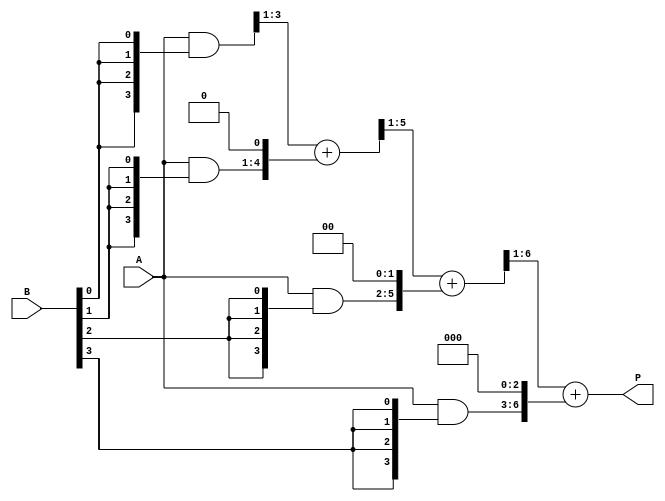
module array_multiplier #(parameter N = 4, M = 4) (
    input  [N-1:0] A, // Multiplicand
    input  [M-1:0] B, // Multiplier
    output [N+M-1:0] P // Product
);

    // Partial products
    wire [N-1:0] pp [0:M-1]; // Array to hold partial products

    // Generate partial products
    genvar i, j;
    generate
        for (i = 0; i < M; i = i + 1) begin : pp_gen
            assign pp[i] = A & {N{B[i]}}; // AND operation for partial product
        end
    endgenerate

    // Sum the partial products
    wire [N+M-1:0] sum [0:M-1]; // Array to hold intermediate sums
    assign sum[0] = { {M{1'b0}}, pp[0] }; // First partial product aligned

    generate
        for (i = 1; i < M; i = i + 1) begin : adder
            assign sum[i] = {1'b0, sum[i-1][N+M-1:1]} + {pp[i], {i{1'b0}}}; // Shift and add
        end
    endgenerate

    // Final product output
    assign P = sum[M-1];

endmodule